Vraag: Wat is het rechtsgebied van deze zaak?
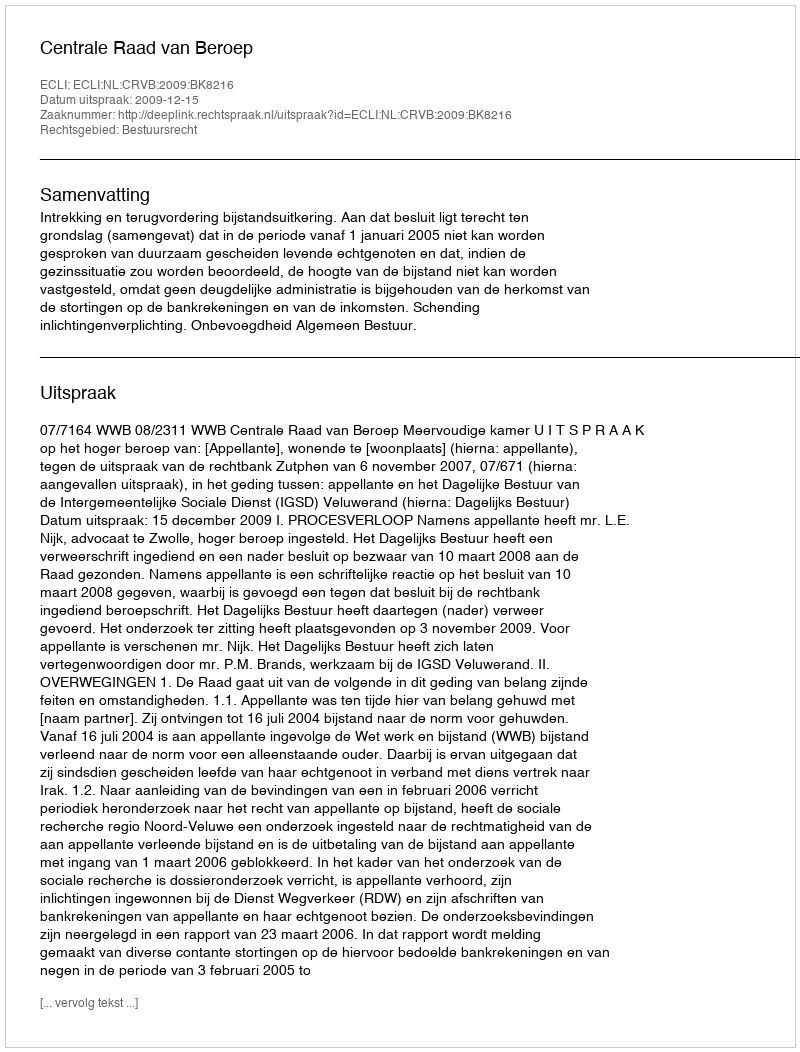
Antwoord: Bestuursrecht